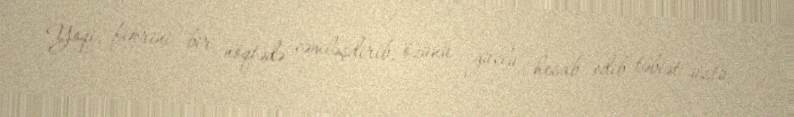
Yoqi, fikrini bir nöqtədə cəmləşdirib, özünü güclü hesab edib təbiət üstü